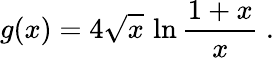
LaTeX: g(x)=4\sqrt{x}\, \ln{\frac{1+x}{x}}\ .